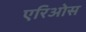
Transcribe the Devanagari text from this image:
एरिओस